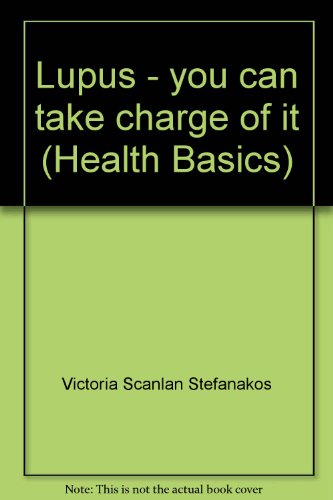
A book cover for Lupus: You Can Take Charge of It; Victoria Scanlan Stefanakos; Health, Fitness & Dieting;